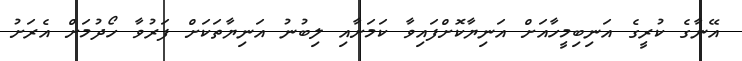
އޭނާގެ ކުރީގެ އަނިބިމީހާއަށް އަނިޔާކޮށްފައިވާ ކަމަށާއި ލިބުނު އަނިޔާތަކަށް ފަރުވާ ހޯދުމަށް އެރަށު